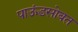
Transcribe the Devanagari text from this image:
पाऊंडसोबत